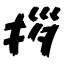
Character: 拶